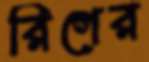
রিগের